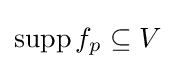
\operatorname {supp} f_{p}\subseteq V